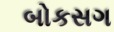
બોકસગ